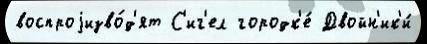
воспроjизво́д'ят С'иг'ел городк'е́ Двойн'ик'и́